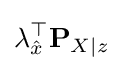
\lambda _{\hat {x}}^{\top }\mathbf {P} _{X|z}